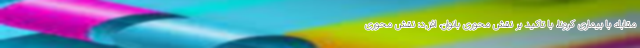
مقابله با بیماری کرونا، با تاکید بر نقش محوری بانوان، افز,د: نقش محوری